Vabadussoja_Ajaloo_Komitee, lk 24
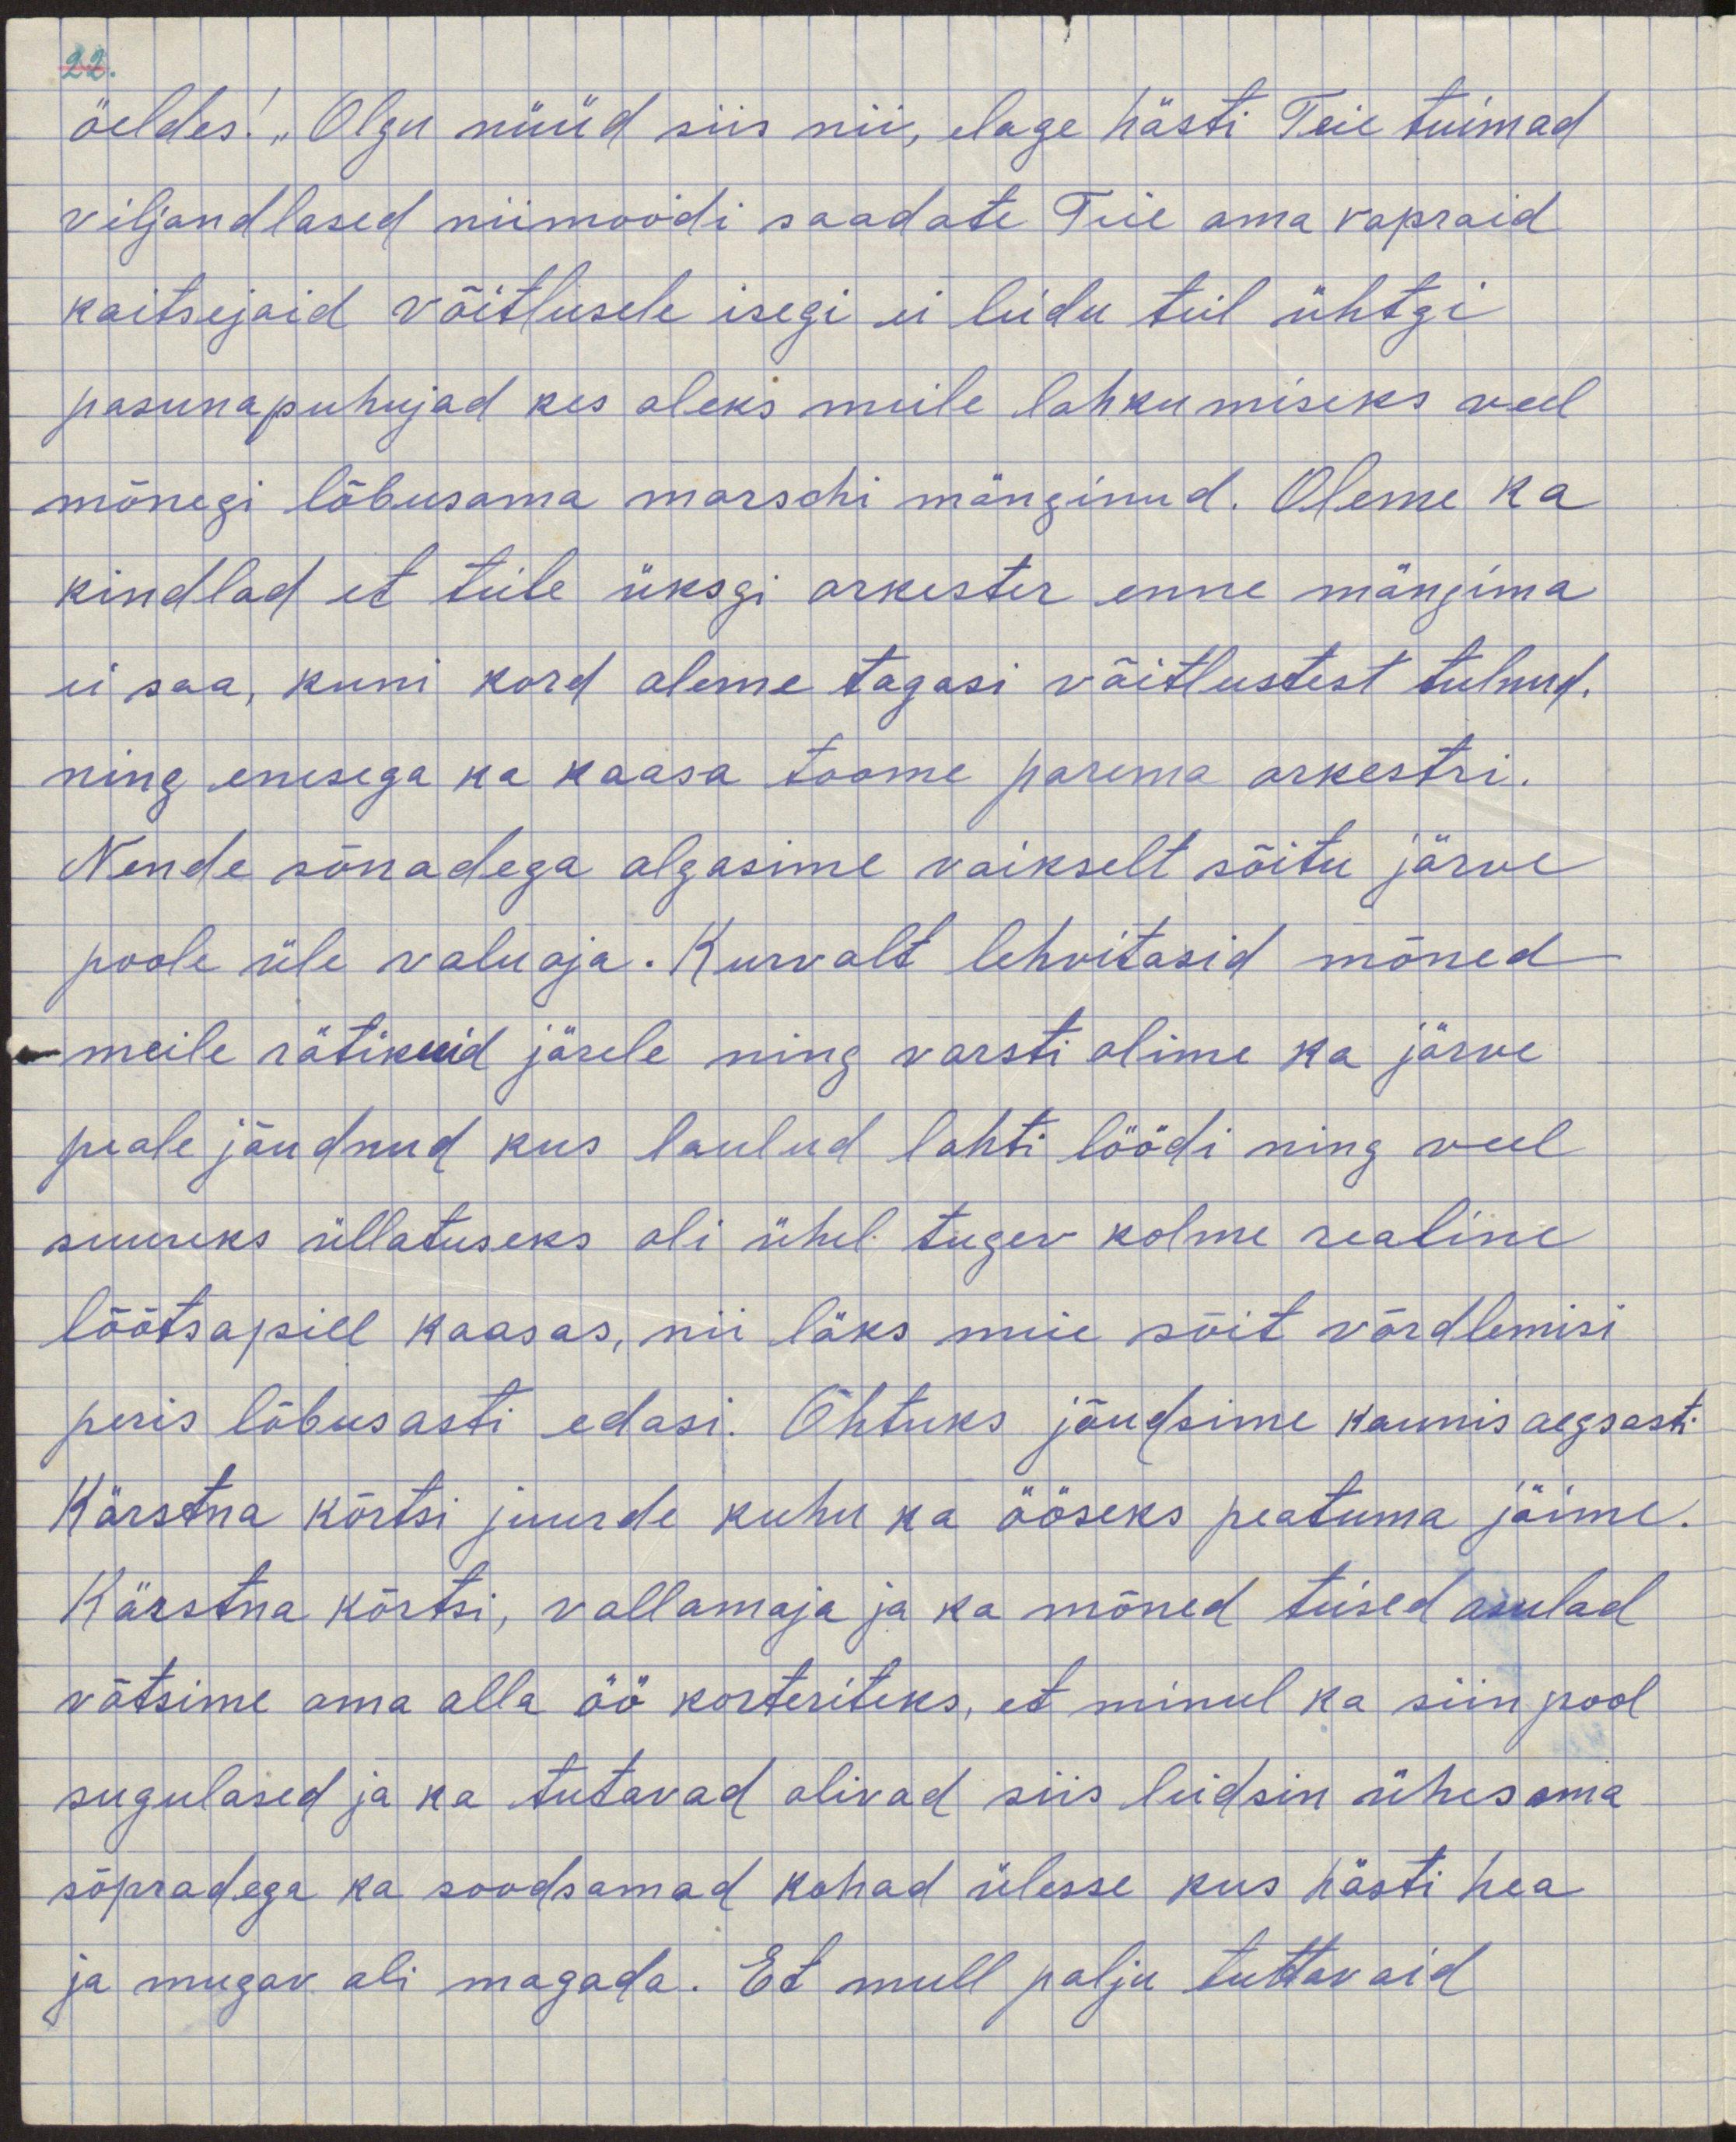
öeldes! "Olgu nüüd siis nii, elage hästi Teie tuimad
viljandlased niimodi saadate Teie oma vapraid
kaitsejaid võitlusele isegi ei leidu teil ühtegi
pasunapuhujad kes oleks meile lahkumiseks veel
mõnegi lõbusama marschi mänginud. Oleme ka
kindlad et teile üksgi orkester enne mängima
ei saa, kuni kord oleme tagasi võitlustest tulnud
ning enesega ka kaasa toome parema orkestri.
Nende sõnadega algasime vaikselt sõitu järve
poole üle valuoja. Kurvalt lehvitasid mõned
meile rätikuid järele ning varsti olima ka järve 
peale jõudnund kus laulud lahti löödi ning veel
suureks üllatuseks oli ühel tugev kolme realine
lõõtsapill kaasas, nii läks meie sõit võrdlemisi
peris lõbusasti edasi. Õhtuks jõudsime kaunis aegsasti
Kärstna kõrtsi juurde kuhu ka ööseks peatuma jäime.
Kärstna kõrtsi, vallamaja ja ka mõned teised asulad
võtsime oma alla öö korteriteks, et minul ka siin pool
sugulased ja ka tutavad olivad siis leidsin ühes oma
sõpradega ka soodsamad kohad ülesse kus hästi hea
ja mugav oli magada. Et mull palju tuttavaid